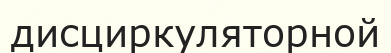
дисциркуляторной